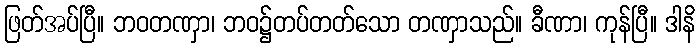
ဖြတ်အပ်ပြီ။ ဘဝတဏှာ၊ ဘဝ၌တပ်တတ်သော တဏှာသည်။ ခီဏာ၊ ကုန်ပြီ။ ဒါနိ